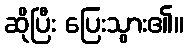
ဆိုပြီး ပြေးသွား၏။